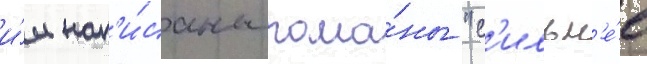
и́м нап'и́саны рома́ны "с'ильн'е́е